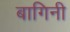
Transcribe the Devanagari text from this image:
बागिनी